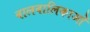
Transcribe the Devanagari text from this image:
बालबालिकाओं